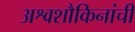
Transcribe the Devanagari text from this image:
अश्वशौकिनांची